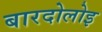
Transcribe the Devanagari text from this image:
बारदोलोइ